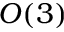
O ( 3 )